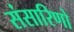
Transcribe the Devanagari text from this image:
संसारिणो